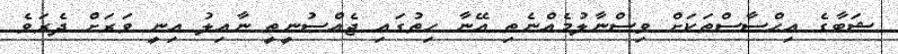
ޝަބާގެ އިޙްސާސްތަކަށް ވިސްނާލުމެއްނެތި އޭނާ ހިތުގައި ޖެއްސުނީތީ ނާއިލު އިނީ ވަރަށް ދެރަވެ